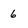
Character: 6